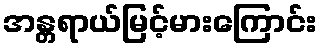
အန္တရာယ်မြင့်မားကြောင်း